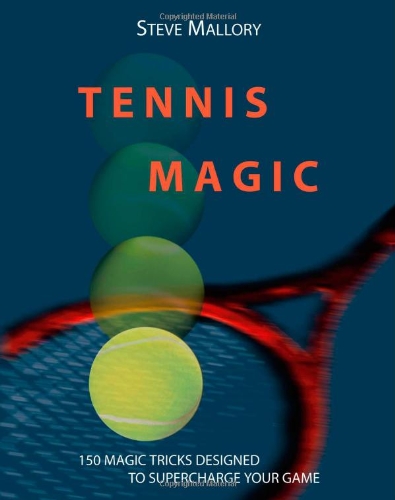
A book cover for Tennis Magic: 150 Magic Tricks Designed To Supercharge Your Game; Steve Mallory; Sports & Outdoors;